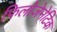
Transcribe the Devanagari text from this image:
फिलोजेनेटिक